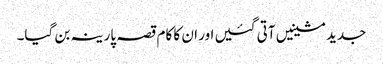
جدید مشینیں آتی گئیں اور ان کا کام قصہ پارینہ بن گیا۔